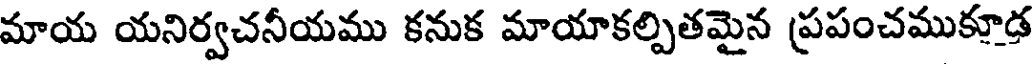
మాయ యనిర్వచనీయము కనుక మాయాకల్పితమైన ప్రపంచముకూడ